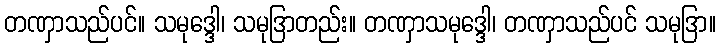
တဏှာသည်ပင်။ သမုဒ္ဒေါ၊ သမုဒြာတည်း။ တဏှာသမုဒ္ဒေါ၊ တဏှာသည်ပင် သမုဒြာ။